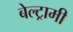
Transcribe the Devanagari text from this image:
बेल्ट्रामी